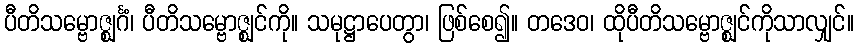
ပီတိသမ္ဗောဇ္ဈင်္ဂံ၊ ပီတိသမ္ဗောဇ္ဈင်ကို။ သမုဋ္ဌာပေတွာ၊ ဖြစ်စေ၍။ တဒေဝ၊ ထိုပီတိသမ္ဗောဇ္ဈင်ကိုသာလျှင်။